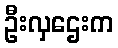
ဦးလှဌေးက